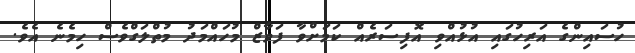
ހުސައިންގެ އަރިހުގައި އުޅުއްވި އޮފިސަރެއް ކަމަށްވާ ފަވާޒް މުހައްމަދު މުތްލަގްވެސް ހިމެނެ އެވެ.